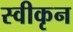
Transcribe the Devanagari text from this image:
स्वीकृन